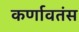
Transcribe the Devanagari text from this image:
कर्णावतंस